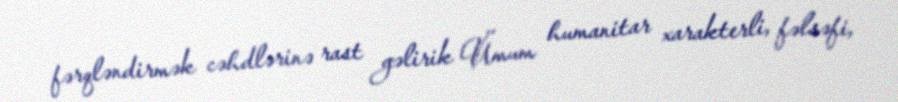
fərqləndirmək cəhdlərinə rast gəlirik Ümum humanitar xarakterli, fəlsəfi,